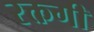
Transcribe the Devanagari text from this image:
रक्तगी